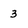
Character: 3